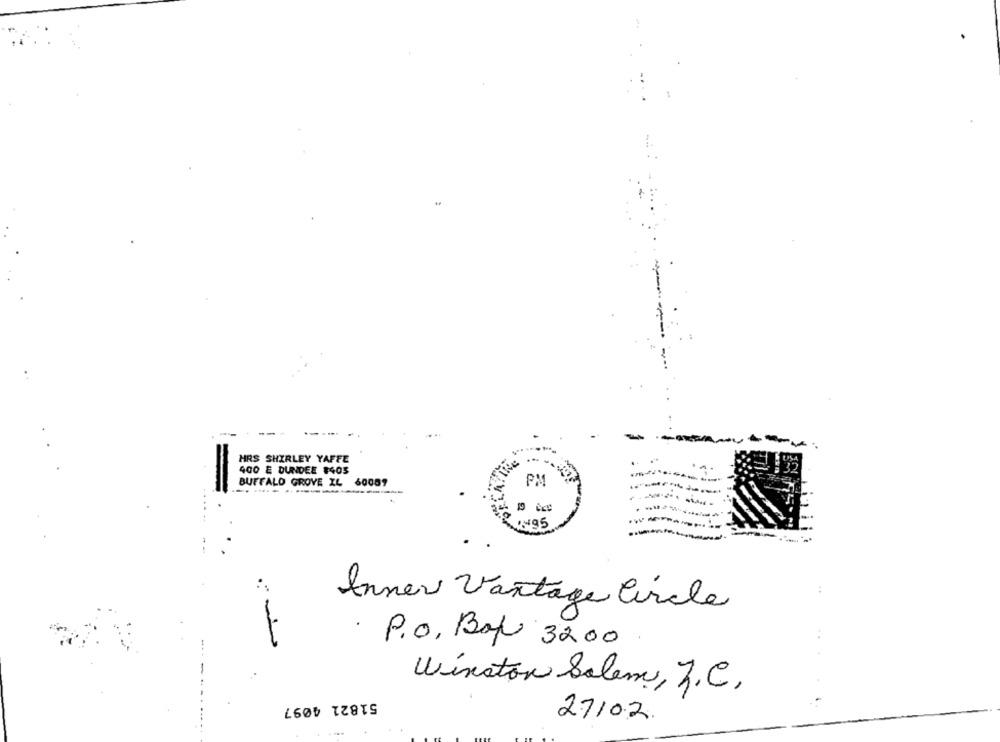
HRS SHIRLEY YAFFE
400 E DUNDEE #403
BUFFALO GROVE IL 60059
PM
--
Inner Vantage Circle
. P.O. Box 3200
Winston Salem, J.C,
51821 4097
27/02.